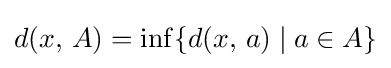
{\textstyle d(x,\,A)=\inf\{d(x,\,a)\mid a\in A\}}